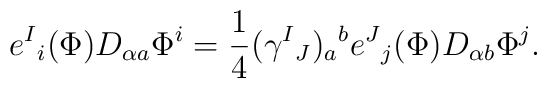
e^{I}{}_{i}(\Phi)D_{\alpha  a }\Phi^{i}={\frac{1}{4}}(\gamma^{I}{}_{J})_{ a }{}^{ b  }e^{J}{}_{j}(\Phi)D_{\alpha  b  }\Phi^{j}.